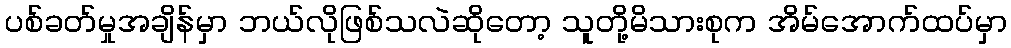
ပစ်ခတ်မှုအချိန်မှာ ဘယ်လိုဖြစ်သလဲဆိုတော့ သူတို့မိသားစုက အိမ်အောက်ထပ်မှာ